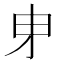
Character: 𭺽